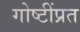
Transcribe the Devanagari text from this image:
गोष्टींप्रत